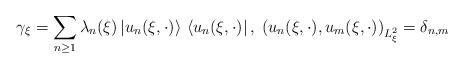
LaTeX: \begin{align*}\gamma_\xi=\sum_{n\geq1}\lambda_n(\xi) \left| u_n(\xi,\cdot)\right\rangle\,\left \langle u_n(\xi,\cdot)\right|,\;\left (u_n(\xi,\cdot),u_m(\xi,\cdot)\right)_{L^2_\xi}=\delta_{n,m}\end{align*}